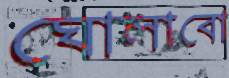
ঘোলাবো